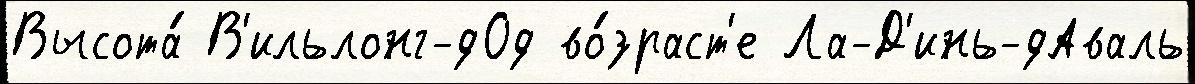
Высота́ В'ильлонг-дОд во́зраст'е Ла-Д'инь-дАваль